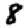
Digit: 8